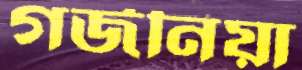
গর্জনিয়া